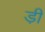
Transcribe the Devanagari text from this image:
डी़